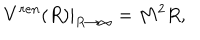
\left. V ^ { r e n } ( R ) \right| _ { R \to \infty } = M ^ { 2 } R ,